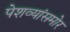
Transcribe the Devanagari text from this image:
पेशव्यांसमोर